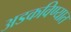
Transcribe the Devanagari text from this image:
अडकविण्यात